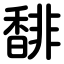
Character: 馡